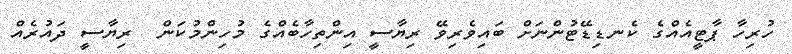
ހުރިހާ ޕާޓީއެއްގެ ކެނޑިޑޭޓުންނަށް ބައިވެރިވޭ ރިޔާސީ އިންތިހާބެއްގެ މުހިންމުކަން  ރިޔާސީ ދައުރެއް